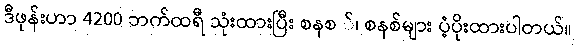
ဒီဖုန်းဟာ 4200 ဘက်ထရီ သုံးထားပြီး စနစ ်၊ စနစ်များ ပံ့ပိုးထားပါတယ်။